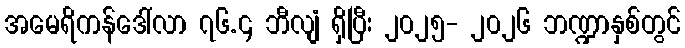
အမေရိကန်ဒေါ်လာ ၇၆.၄ ဘီလျံ ရှိပြီး ၂၀၂၅- ၂၀၂၆ ဘဏ္ဍာနှစ်တွင်